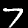
Label: 7